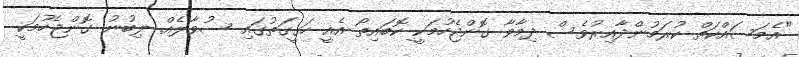
"އެމަސައްކަތް ކުރަމުންދާއިރުވެސް ދިމާވާ ގޮންޖެހުމަކީ ކޮބައިތޯ އެއީ ހަގީގަތުގައި ސުވާލެއް. ލިބުނު ގޮންޖެހުމަކީ